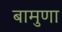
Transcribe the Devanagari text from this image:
बामुणा